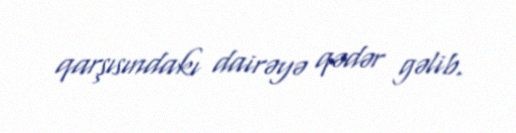
qarşısındakı dairəyə qədər gəlib.